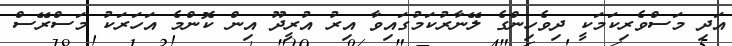
އަދި މަސްވެރިކަމަކީ ދިވެހިންގެ ލޭނާރުކަމުގައިވާ އިރު އުރީދޫ އިން ކޮންމެ އަހަރަކު މަސްރޭސް